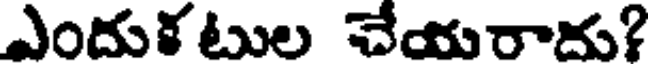
ఎందుక టుల చేయరాదు?